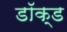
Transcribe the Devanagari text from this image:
डॉक्ड